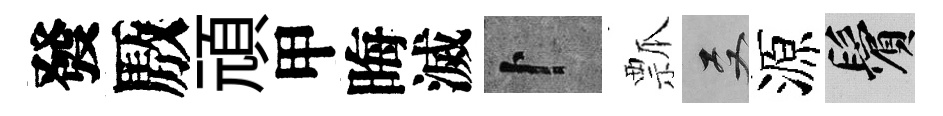
發厫頑甲晦滅卜瓢双源鬢